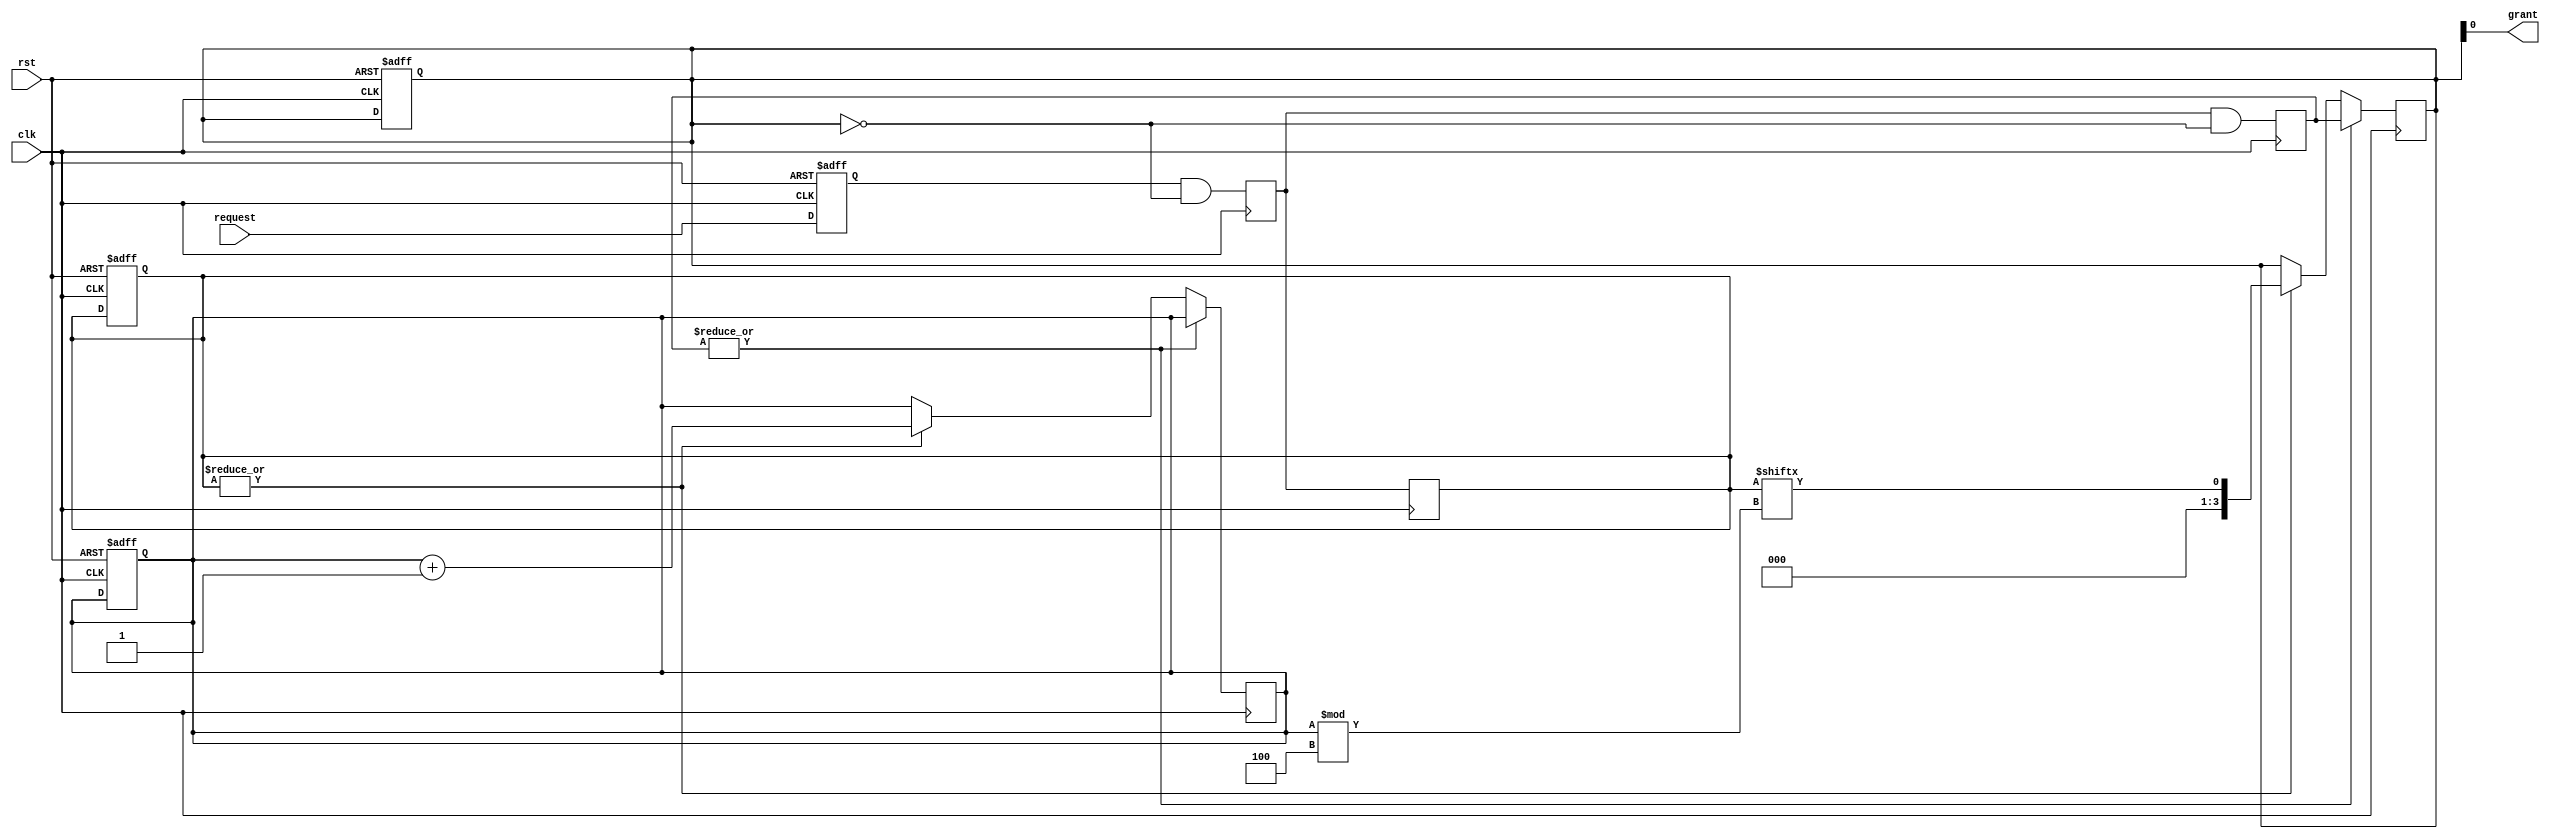
module RandomArbiter (
  input wire clk,
  input wire rst,
  input wire [NUM_MASTERS-1:0] request,
  output reg grant
);

  parameter NUM_MASTERS = 4;

  reg [NUM_MASTERS-1:0] request_reg;
  reg [NUM_MASTERS-1:0] valid_requests;
  reg [NUM_MASTERS-1:0] valid_requests_temp;
  reg [NUM_MASTERS-1:0] priority;
  reg [NUM_MASTERS-1:0] priority_temp;
  reg [NUM_MASTERS-1:0] arbiter_cnt;
  
  always @(posedge clk or posedge rst) begin
    if (rst) begin
      request_reg <= 0;
      valid_requests <= 0;
      priority <= 0;
      arbiter_cnt <= 0;
    end else begin
      request_reg <= request;
    end
  end

  always @(posedge clk) begin
    valid_requests_temp <= request_reg & ~priority;
    priority_temp <= valid_requests_temp & {NUM_MASTERS{~priority}};
    valid_requests <= valid_requests_temp;
    
    if (|priority_temp) begin
      priority <= priority_temp;
    end else begin
      if (|valid_requests) begin
        arbiter_cnt <= arbiter_cnt + 1;
        priority <= valid_requests[(arbiter_cnt % NUM_MASTERS)];
      end
    end
  end

  assign grant = priority;

endmodule